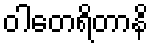
ဝါတေရိတာနိ